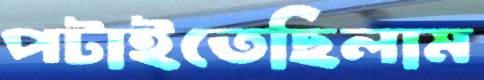
পটাইতেছিলাম